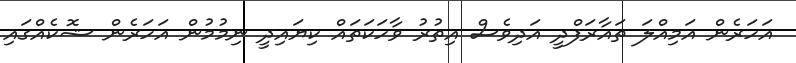
އަހަރެން އަމިއްލަ ތައާރަފްދީ އަދިވެސް އިތުރު ވާހަކަތައް ކިޔައިދީ ނިމުމުން އަހަރެން ޝޮކެއްގައި